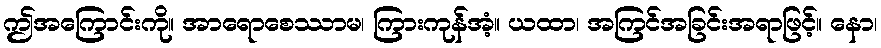
ဤအကြောင်းကို။ အာရောစေဿာမ၊ ကြားကုန်အံ့။ ယထာ၊ အကြင်အခြင်းအရာဖြင့်။ နော၊